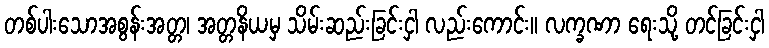
တစ်ပါးသောအစွန်းအတ္တ၊ အတ္တနိယမှ သိမ်းဆည်းခြင်းငှါ လည်းကောင်း။ လက္ခဏာ ရေးသို့ တင်ခြင်းငှါ